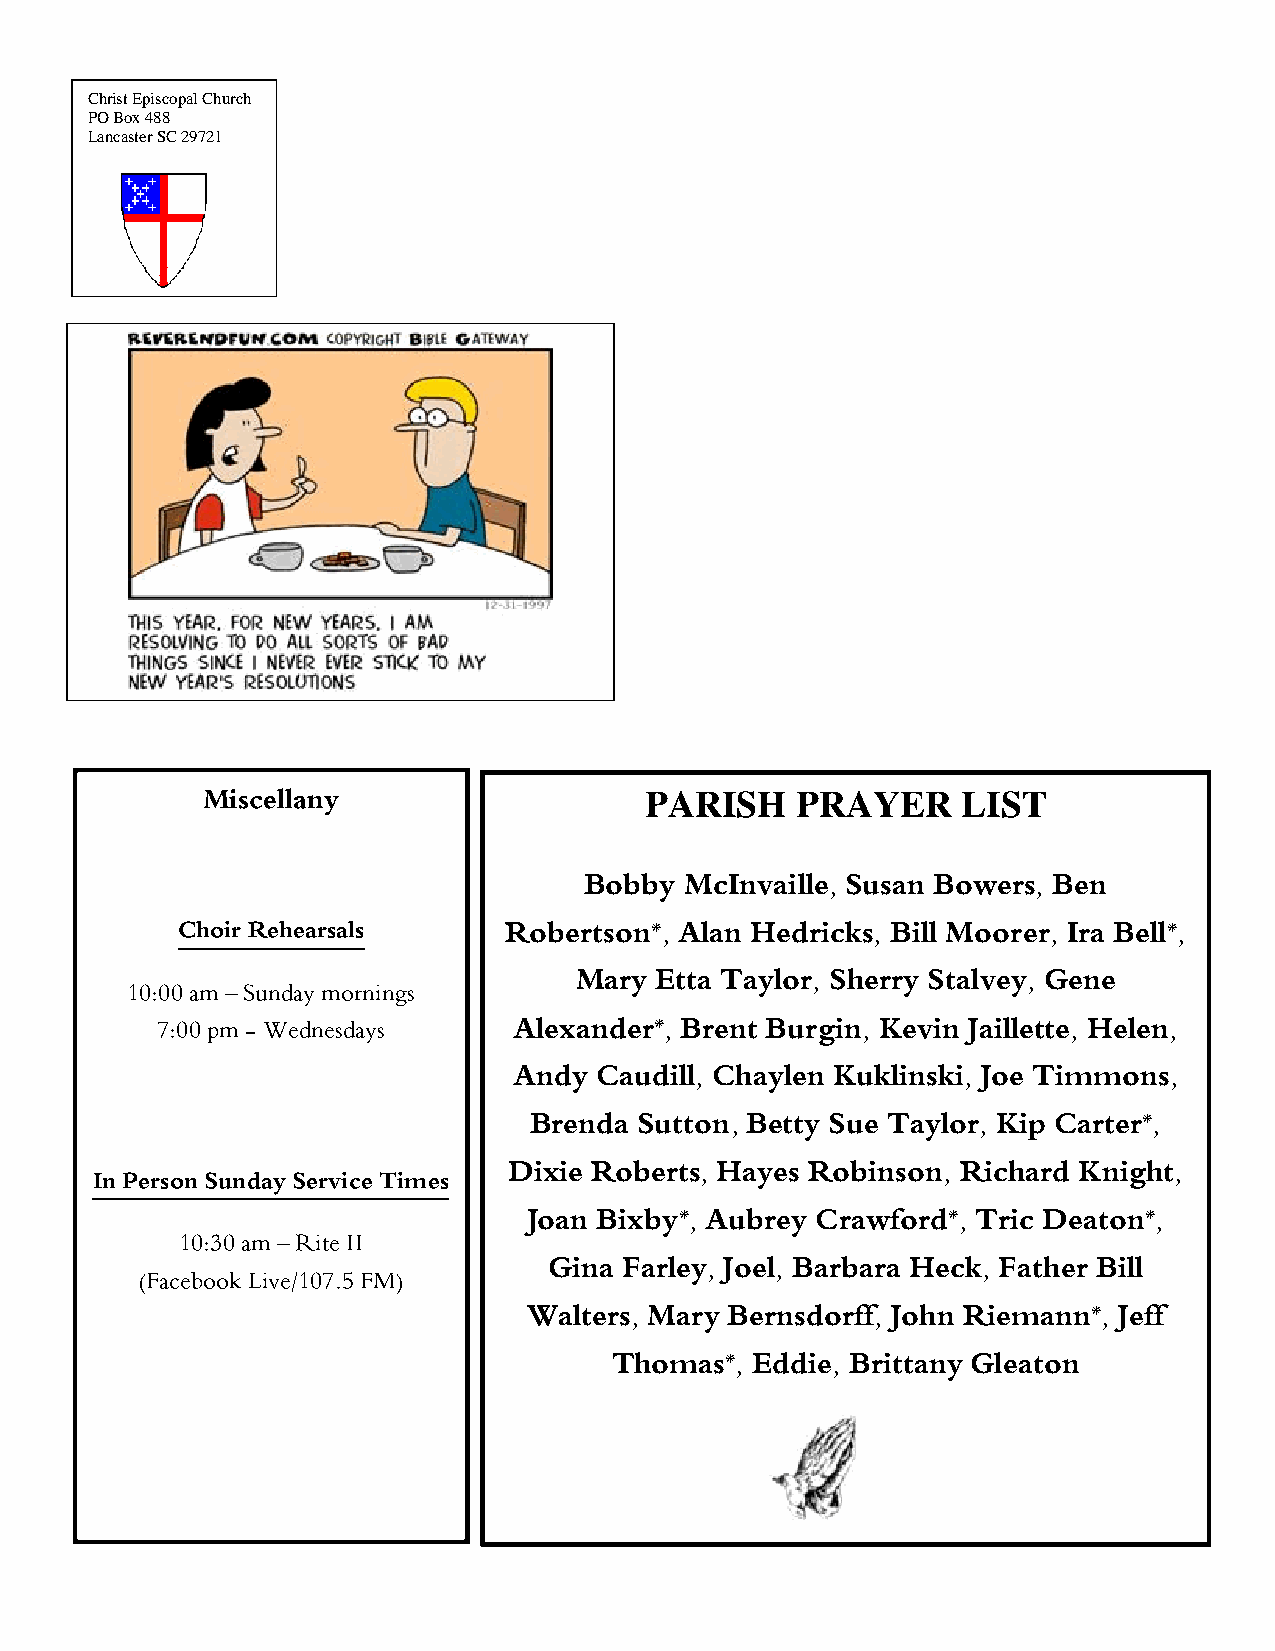
Christ Episcopal Church
 PO Box 488
 Lancaster SC 29721
 PARISH    PRAYER     LIST
 Miscellany
 Bobby McInvaille, Susan Bowers, Ben
 Choir Rehearsals     Robertson*, Alan Hedricks, Bill Moorer, Ira Bell*,
 Mary Etta Taylor, Sherry Stalvey, Gene
 10:00 am – Sunday mornings
 7:00 pm - Wednesdays    Alexander*, Brent Burgin, Kevin Jaillette, Helen,
 Andy Caudill, Chaylen Kuklinski, Joe Timmons,
 Brenda Sutton, Betty Sue Taylor, Kip Carter*,
 Dixie Roberts, Hayes Robinson, Richard Knight,
 In Person Sunday Service Times
 Joan Bixby*, Aubrey Crawford*, Tric Deaton*,
 10:30 am – Rite II
 Gina Farley, Joel, Barbara Heck, Father Bill
 (Facebook Live/107.5 FM)
 Walters, Mary Bernsdorff, John Riemann*, Jeff
 Thomas*, Eddie, Brittany Gleaton